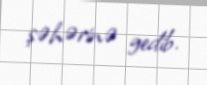
şəhərinə gedib.